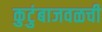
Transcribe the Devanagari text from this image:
कुटुंबाजवळची